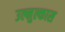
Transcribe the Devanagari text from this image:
उल्मुल्कास